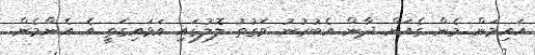
އައިމަން މެން ގެއަށް ދާން އެބުރުނު ވަގުތު ލޮލުގައި އަޅައިގަތީ އެ އެންމެން